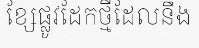
ខ្សែផ្លូវដែកថ្មីដែលនឹង